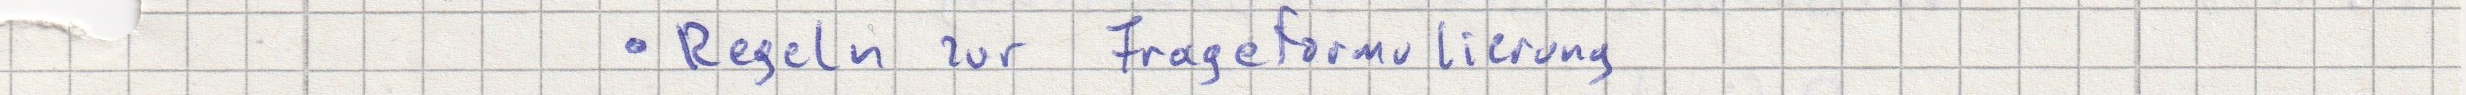
- Regeln zur Frageformulierung